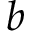
b